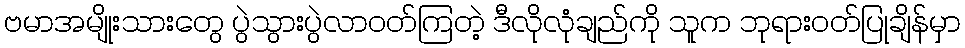
ဗမာအမျိုးသားတွေ ပွဲသွားပွဲလာဝတ်ကြတဲ့ ဒီလိုလုံချည်ကို သူက ဘုရားဝတ်ပြုချိန်မှာ